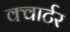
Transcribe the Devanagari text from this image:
क्‍वार्टर